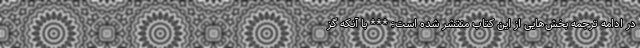
در ادامه ترجمه بخش‌هایی از این کتاب منتشر شده است: *** با آنکه گز